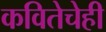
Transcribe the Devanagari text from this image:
कवितेचेही